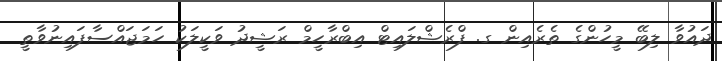
ދައުވާ ލިބޭ މީހުންގެ ތެރެއިން ގ. ފްރެޝްލައިޓް އިބްރާހީމް ރަޝީދު ވަކީލަކު ހަމަޖައްސާފައިނުވާތީ